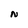
Character: N